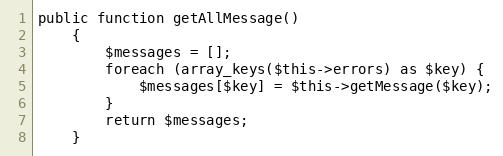
Language: PHP
public function getAllMessage()
    {
        $messages = [];
        foreach (array_keys($this->errors) as $key) {
            $messages[$key] = $this->getMessage($key);
        }
        return $messages;
    }